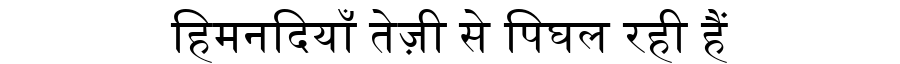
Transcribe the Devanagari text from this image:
हिमनदियाँ तेज़ी से पिघल रही हैं